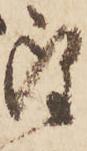
雖